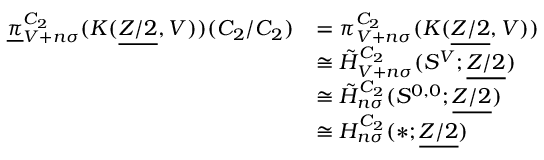
\begin{array} { r l } { \underline { { \pi } } _ { V + n \sigma } ^ { C _ { 2 } } ( K ( \underline { { Z / 2 } } , V ) ) ( C _ { 2 } / C _ { 2 } ) } & { = \pi _ { V + n \sigma } ^ { C _ { 2 } } ( K ( \underline { { Z / 2 } } , V ) ) } \\ & { \cong \tilde { H } _ { V + n \sigma } ^ { C _ { 2 } } ( S ^ { V } ; \underline { { Z / 2 } } ) } \\ & { \cong \tilde { H } _ { n \sigma } ^ { C _ { 2 } } ( S ^ { 0 , 0 } ; \underline { { Z / 2 } } ) } \\ & { \cong H _ { n \sigma } ^ { C _ { 2 } } ( \ast ; \underline { { Z / 2 } } ) } \end{array}